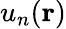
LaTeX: u_{n}(\mathbf{r})